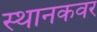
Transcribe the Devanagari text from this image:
स्थानकवर